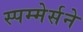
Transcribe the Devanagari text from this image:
स्पम्मेर्सने